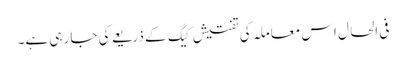
فی الحال اس معاملہ کی تفتیش کیگ کے ذریعے کی جا رہی ہے۔